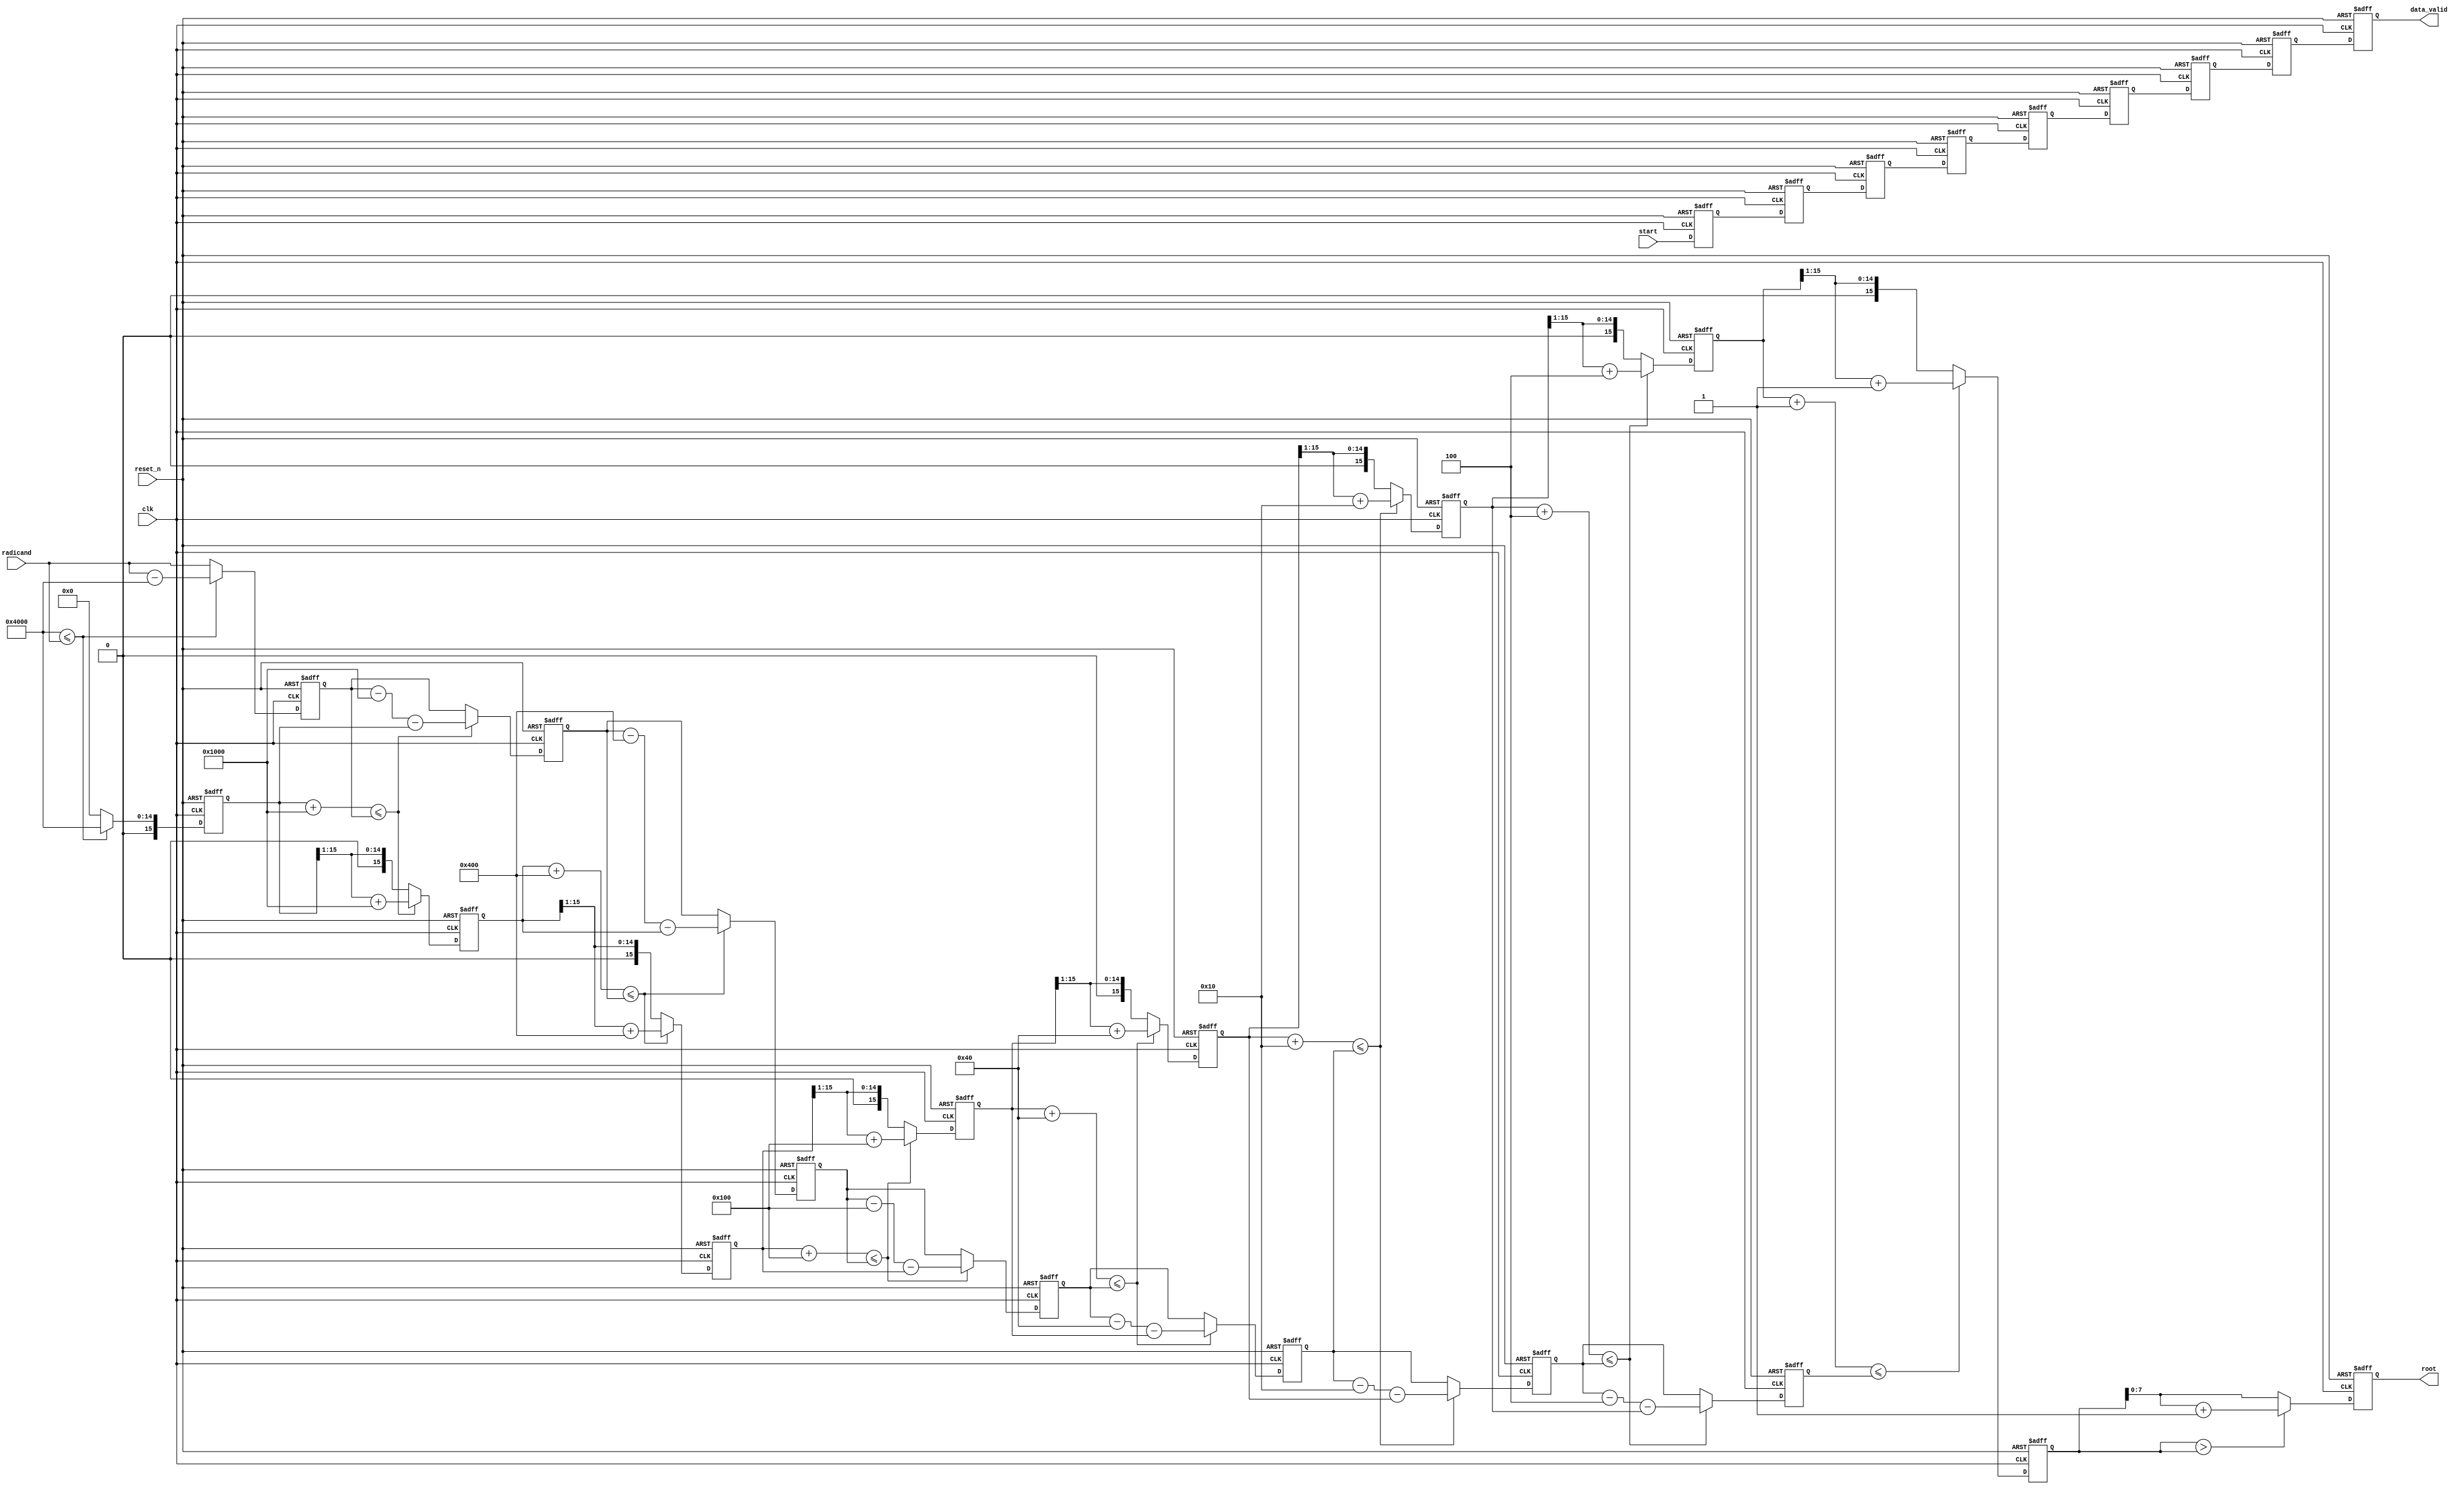
// See LICENSE for license details.

// Implements a fixed-point parameterized pipelined square root
// operation on an unsigned input of any bit length. The number of
// stages in the pipeline is equal to the number of output bits in the
// computation. This pipelien sustains a throughput of one computation
// per clock cycle.

`timescale 1ns / 1ps
module sqrt_pipelined
  #(
    parameter
    INPUT_BITS   = 16, // number of input bits (any integer)
    OUTPUT_BITS  = INPUT_BITS / 2 + INPUT_BITS % 2 // number of output bits
    )
  (
   input                        clk,        // clock
   input                        reset_n,    // asynchronous reset
   input                        start,      // optional start signal
   input [INPUT_BITS-1:0]       radicand,   // unsigned radicand
   output reg                   data_valid, // optional data valid signal
   output reg [OUTPUT_BITS-1:0] root        // unsigned root
   );

  reg [OUTPUT_BITS-1:0]         start_gen; // valid data propagation
  reg [OUTPUT_BITS*INPUT_BITS-1:0] root_gen; // root values
  reg [OUTPUT_BITS*INPUT_BITS-1:0] radicand_gen; // radicand values
  wire [OUTPUT_BITS*INPUT_BITS-1:0] mask_gen; // mask values

  // This is the first stage of the pipeline.
  always @ (posedge clk or negedge reset_n) begin
    if (!reset_n) begin
      start_gen[0]                 <= 0;
      radicand_gen[INPUT_BITS-1:0] <= 0;
      root_gen[INPUT_BITS-1:0]     <= 0;
    end
    else begin
      start_gen[0] <= start;
      if ( mask_gen[INPUT_BITS-1:0] <= radicand ) begin
        radicand_gen[INPUT_BITS-1:0] <= radicand - mask_gen[INPUT_BITS-1:0];
        root_gen[INPUT_BITS-1:0] <= mask_gen[INPUT_BITS-1:0];
      end
      else begin
        radicand_gen[INPUT_BITS-1:0] <= radicand;
        root_gen[INPUT_BITS-1:0] <= 0;
      end
    end
  end

  // Main generate loop to create the masks and pipeline stages.
  generate
    genvar i;
    // Generate all the mask values. These are built up in the
    // following fashion:
    // LAST MASK:  0x00...001
    //             0x00...004  Increasing # OUTPUT_BITS
    //             0x00...010          |
    //             0x00...040          v
    //                 ...
    // FIRST MASK: 0x10...000  # masks == # OUTPUT_BITS
    //
    // Note that the first mask used can either be of the 0x1... or
    // 0x4... variety. This is purely determined by the number of
    // computation stages. However, the last mask used will always be
    // 0x1 and the second to last mask used will always be 0x4.
    for (i = 0; i < OUTPUT_BITS; i = i + 1) begin: mask_4
      if (i % 2) // i is odd, this is a 4 mask
        assign mask_gen[INPUT_BITS*(OUTPUT_BITS-i)-1:INPUT_BITS*(OUTPUT_BITS-i-1)]  = 4 << 4 * (i/2);
      else // i is even, this is a 1 mask
        assign mask_gen[INPUT_BITS*(OUTPUT_BITS-i)-1:INPUT_BITS*(OUTPUT_BITS-i-1)]  = 1 << 4 * (i/2);
    end
    // Generate all the pipeline stages to compute the square root of
    // the input radicand stream. The general approach is to compare
    // the current values of the root plus the mask to the
    // radicand. If root/mask sum is greater than the radicand,
    // subtract the mask and the root from the radicand and store the
    // radicand for the next stage. Additionally, the root is
    // increased by the value of the mask and stored for the next
    // stage. If this test fails, then the radicand and the root
    // retain their value through to the next stage. The one weird
    // thing is that the mask indices appear to be incremented by one
    // additional position. This is not the case, however, because the
    // first mask is used in the first stage (always block after the
    // generate statement).
    for (i = 0; i < OUTPUT_BITS - 1; i = i + 1) begin: pipeline
      always @ (posedge clk or negedge reset_n) begin : pipeline_stage
        if (!reset_n) begin
          start_gen[i+1]                                    <= 0;
          radicand_gen[INPUT_BITS*(i+2)-1:INPUT_BITS*(i+1)] <= 0;
          root_gen[INPUT_BITS*(i+2)-1:INPUT_BITS*(i+1)]     <= 0;
        end
        else begin
          start_gen[i+1] <= start_gen[i];
          if ((root_gen[INPUT_BITS*(i+1)-1:INPUT_BITS*i] +
               mask_gen[INPUT_BITS*(i+2)-1:INPUT_BITS*(i+1)]) <= radicand_gen[INPUT_BITS*(i+1)-1:INPUT_BITS*i]) begin
	    radicand_gen[INPUT_BITS*(i+2)-1:INPUT_BITS*(i+1)] <= radicand_gen[INPUT_BITS*(i+1)-1:INPUT_BITS*i] -
                                                                 mask_gen[INPUT_BITS*(i+2)-1:INPUT_BITS*(i+1)] -
                                                                 root_gen[INPUT_BITS*(i+1)-1:INPUT_BITS*i];
	    root_gen[INPUT_BITS*(i+2)-1:INPUT_BITS*(i+1)] <= (root_gen[INPUT_BITS*(i+1)-1:INPUT_BITS*i] >> 1) +
                                                             mask_gen[INPUT_BITS*(i+2)-1:INPUT_BITS*(i+1)];
          end
          else begin
	    radicand_gen[INPUT_BITS*(i+2)-1:INPUT_BITS*(i+1)] <= radicand_gen[INPUT_BITS*(i+1)-1:INPUT_BITS*i];
	    root_gen[INPUT_BITS*(i+2)-1:INPUT_BITS*(i+1)]     <= root_gen[INPUT_BITS*(i+1)-1:INPUT_BITS*i] >> 1;
          end
        end
      end
    end
  endgenerate

  // This is the final stage which just implements a rounding
  // operation. This stage could be tacked on as a combinational logic
  // stage, but who cares about latency, anyway? This is NOT a true
  // rounding stage. In order to add convergent rounding, you need to
  // increase the input bit width by 2 (increase the number of
  // pipeline stages by 1) and implement rounding in the module that
  // instantiates this one.
  always @ (posedge clk or negedge reset_n) begin
    if (!reset_n) begin
      data_valid <= 0;
      root       <= 0;
    end
    else begin
      data_valid <= start_gen[OUTPUT_BITS-1];
      if (root_gen[OUTPUT_BITS*INPUT_BITS-1:OUTPUT_BITS*INPUT_BITS-INPUT_BITS] > root_gen[OUTPUT_BITS*INPUT_BITS-1:OUTPUT_BITS*INPUT_BITS-INPUT_BITS])
        root <= root_gen[OUTPUT_BITS*INPUT_BITS-1:OUTPUT_BITS*INPUT_BITS-INPUT_BITS] + 1;
      else
        root  <= root_gen[OUTPUT_BITS*INPUT_BITS-1:OUTPUT_BITS*INPUT_BITS-INPUT_BITS];
    end
  end

endmodule